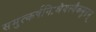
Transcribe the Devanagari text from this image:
समुत्कर्षनिःश्रेयस्यैकमुग्रम्‌